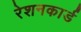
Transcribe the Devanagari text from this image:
रेशनकार्ड